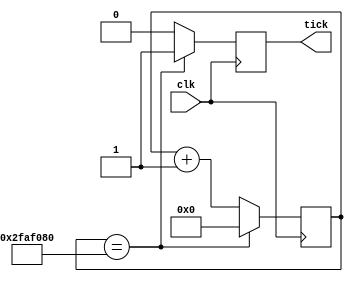
module tick_generator #(
	parameter tick_time = 32'd1000,
	parameter frequency = 32'd100000
	)(
	input wire clk,
	output reg tick);

	reg [32:0] count;
	localparam [32:0] count_threshold = tick_time * frequency / 2;
	
	initial begin
		tick = 1'b0;
		count = 32'b0;
	end

	always @(posedge(clk)) begin
		if(count == count_threshold) begin
			count = 32'b0;
			tick = 1'b1;
		end else begin
			tick = 1'b0;
			count = count + 1;
		end
	end

endmodule